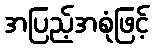
အပြည့်အစုံဖြင့်